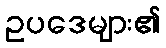
ဥပဒေများ၏